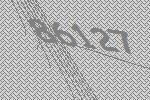
86127